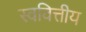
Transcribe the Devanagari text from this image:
स्ववित्तीय